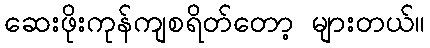
ဆေးဖိုးကုန်ကျစရိတ်တော့ များတယ်။